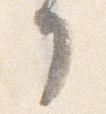
了